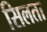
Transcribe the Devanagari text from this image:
सिलता